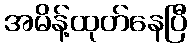
အမိန့်ထုတ်နေပြီ